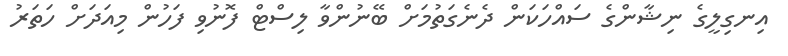
އިނގިލީގެ ނިޝާންގެ ސައްހަކަން ދެނެގަތުމަށް ބޭނުންވާ ލިސްޓް ފޮނުވި ފަހުން މިއަދަށް ހަތަރު